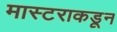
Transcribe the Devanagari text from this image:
मास्टराकडून